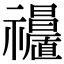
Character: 𥜩